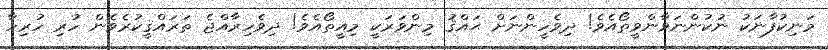
މަނިކުފާނަކު ނުކުންނަވާންވީތޯއެވެ! ދިވެހީންނަށް ޙައްޤު މިންވަރަކީ މިއީތޯއެވެ! ދިވެހިރާއްޖެ ތަރައްޤީކުރެވެން ހުރި ހުރިހާ